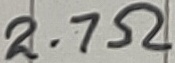
Text: 2.7Ω